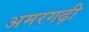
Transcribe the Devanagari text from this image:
अमरगढ़ी